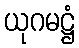
ယုဂမဋ္ဌံ